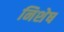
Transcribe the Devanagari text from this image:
निशेष